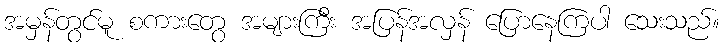
အမှန်တွင်မူ စကားတွေ အများကြီး အပြန်အလှန် ပြောနေကြပါ သေးသည်။